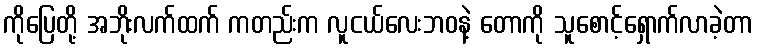
ကိုပြေတို့ အဘိုးလက်ထက် ကတည်းက လူငယ်လေးဘဝနဲ့ တောကို သူစောင့်ရှောက်လာခဲ့တာ